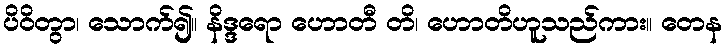
ပိဝိတွာ၊ သောက်၍။ နိဒ္ဒရော ဟောတီ တိ၊ ဟောတိဟူသည်ကား။ တေန